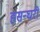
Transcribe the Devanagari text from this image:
हसन्घरी